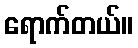
ရောက်တယ်။